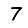
Digit: 7